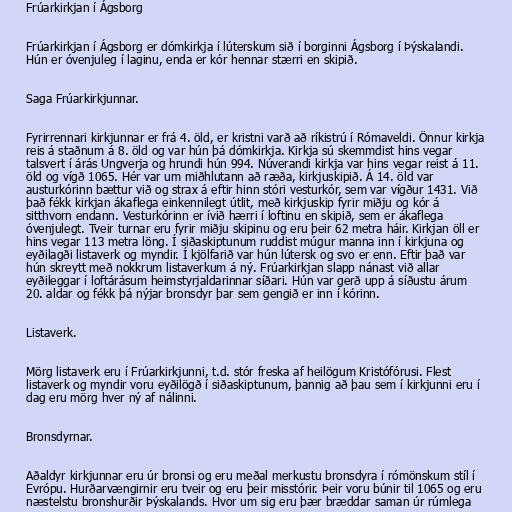
Frúarkirkjan í Ágsborg

Frúarkirkjan í Ágsborg er dómkirkja í lúterskum sið í borginni Ágsborg í Þýskalandi.
Hún er óvenjuleg í laginu, enda er kór hennar stærri en skipið.

Saga Frúarkirkjunnar.

Fyrirrennari kirkjunnar er frá 4. öld, er kristni varð að ríkistrú í Rómaveldi. Önnur kirkja
reis á staðnum á 8. öld og var hún þá dómkirkja. Kirkja sú skemmdist hins vegar
talsvert í árás Ungverja og hrundi hún 994. Núverandi kirkja var hins vegar reist á 11.
öld og vígð 1065. Hér var um miðhlutann að ræða, kirkjuskipið. Á 14. öld var
austurkórinn bættur við og strax á eftir hinn stóri vesturkór, sem var vígður 1431. Við
það fékk kirkjan ákaflega einkennilegt útlit, með kirkjuskip fyrir miðju og kór á
sitthvorn endann. Vesturkórinn er ívið hærri í loftinu en skipið, sem er ákaflega
óvenjulegt. Tveir turnar eru fyrir miðju skipinu og eru þeir 62 metra háir. Kirkjan öll er
hins vegar 113 metra löng. Í siðaskiptunum ruddist múgur manna inn í kirkjuna og
eyðilagði listaverk og myndir. Í kjölfarið var hún lútersk og svo er enn. Eftir það var
hún skreytt með nokkrum listaverkum á ný. Frúarkirkjan slapp nánast við allar
eyðileggar í loftárásum heimstyrjaldarinnar síðari. Hún var gerð upp á síðustu árum
20. aldar og fékk þá nýjar bronsdyr þar sem gengið er inn í kórinn.

Listaverk.

Mörg listaverk eru í Frúarkirkjunni, t.d. stór freska af heilögum Kristófórusi. Flest
listaverk og myndir voru eyðilögð í siðaskiptunum, þannig að þau sem í kirkjunni eru í
dag eru mörg hver ný af nálinni.

Bronsdyrnar.

Aðaldyr kirkjunnar eru úr bronsi og eru meðal merkustu bronsdyra í rómönskum stíl í
Evrópu. Hurðarvængirnir eru tveir og eru þeir misstórir. Þeir voru búnir til 1065 og eru
næstelstu bronshurðir Þýskalands. Hvor um sig eru þær bræddar saman úr rúmlega